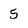
Character: 5